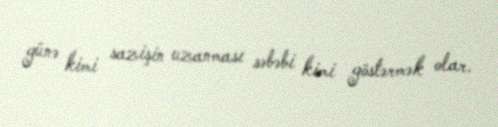
günə kimi sazişin uzanması səbəbi kimi göstərmək olar.